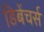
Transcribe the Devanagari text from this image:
डिबेंचर्स